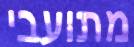
מתועבי